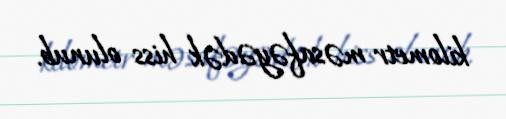
kilometr məsafəyədək hiss olunub.